Indian journal of veterinary science and animal husbandry - Volume 10,
Year: 1940
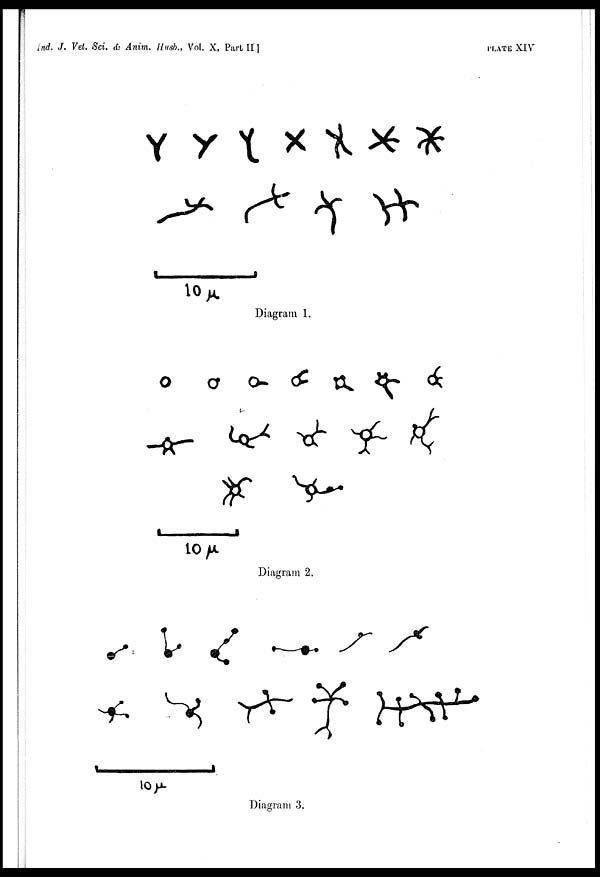
Ind. J. Vet. Sci. & Anim. Husb., Vol. X, Part
II]
PLATE
XIV
Diagram 1.
Diagram 2.
Diagram 3.